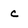
Character: c